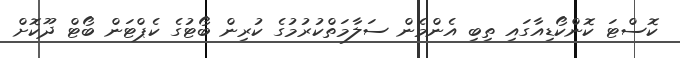
ކޮސްޓަ ކޮންކޯޑިއާގައި ތިބި އެންމެން ސަލާމަތްކުރުމުގެ ކުރިން ބޯޓުގެ ކެޕްޓަން ބޯޓް ދޫކޮށް